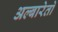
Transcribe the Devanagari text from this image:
अल्बारेतो